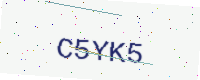
Text: C5YK5